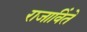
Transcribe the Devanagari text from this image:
राजाविंते